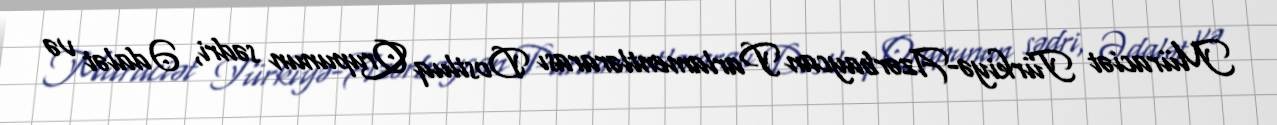
Müraciət Türkiyə-Azərbaycan Parlamentlərarası Dostluq Qrupunun sədri, Ədalət və